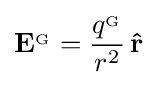
\mathbf {E} ^{_{\mathrm {G} }}={\frac {q^{_{\mathrm {G} }}}{r^{2}}}\,\mathbf {\hat {r}}